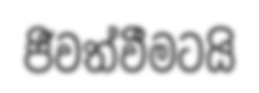
ජීවත්වීමටයි